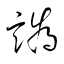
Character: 譌